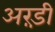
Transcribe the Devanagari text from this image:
अरंड़ी